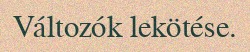
Változók lekötése.